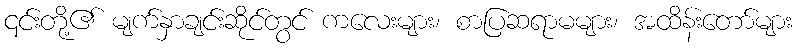
၎င်းတို့၏ မျက်နှာချင်းဆိုင်တွင် ကလေးများ၊ စာပြဆရာမများ၊ အထိန်းတော်များ